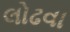
લોઢવા